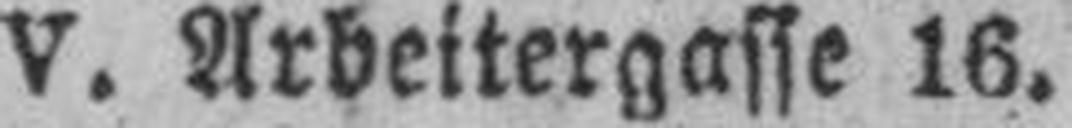
V. Arbeitergasse 16.